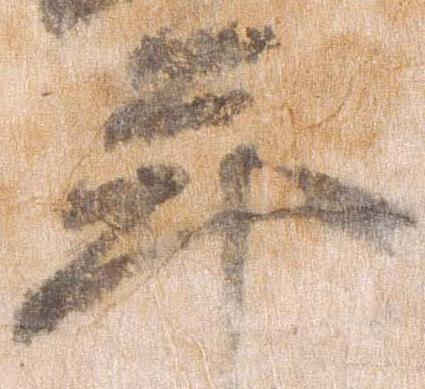
年